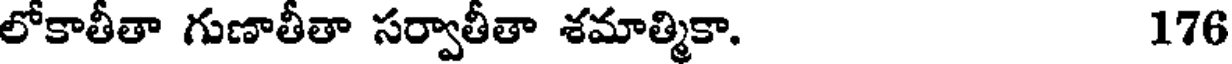
లోకాతీతా గుణాతీతా సర్వాతీతా శమాత్మికా. 176